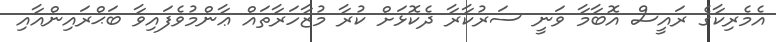
އެމެރިކާގެ ރައީސް އޮބާމާ ވަނީ ސަރުކާރާ ދެކޮޅަށް ކުރާ މުޒާހަރާތައް ޢާންމުވެފައިވާ ބަޙްރައިންއާއި